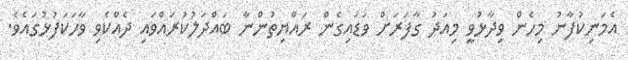
އެމަނިކުފާނު މިހެން ވިދާޅުވީ މިއަދު ގާފަރަށް ވަޑައިގެން ރައްޔިތުންނާ ބައްދަލުކުރައްވައި ދެއްކެވި ވާހަކަފުޅުގައެވެ.